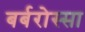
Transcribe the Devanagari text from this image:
बर्बरोस्सा